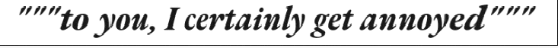
"""to you, I certainly get annoyed"""